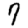
Digit: 7